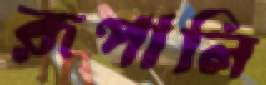
রূপালি